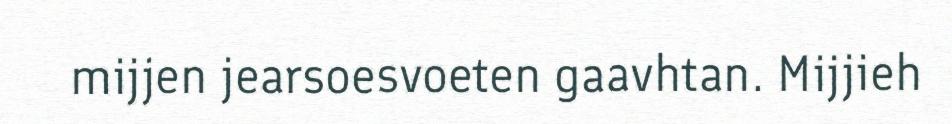
mijjen jearsoesvoeten gaavhtan. Mijjieh